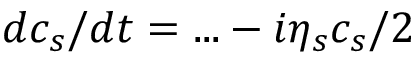
d c _ { s } / d t = . . . - i \eta _ { s } c _ { s } / 2